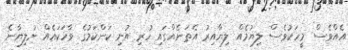
އެއްވެސް މީހަކުވެސް ލިޔުމެއް ލިޔާއިރު އެތަނެއްގައި ހުރި އުނި ކަންކަމުގެ ވާހަކައެއް ނުލިޔާނެ